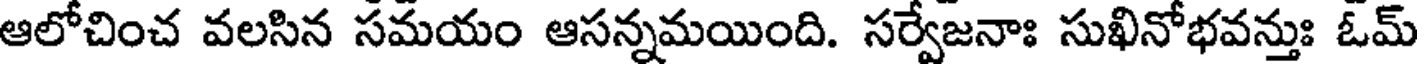
ఆలోచించ వలసిన సమయం ఆసన్నమయింది. సర్వేజనాః సుఖినోభవన్తుః ఓమ్